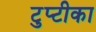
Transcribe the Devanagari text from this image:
टुप्टीका